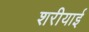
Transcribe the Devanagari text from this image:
शरीयाई